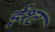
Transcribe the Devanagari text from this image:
ईश्ट